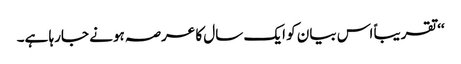
‘‘ تقریباً اس بیان کو ایک سال کا عرصہ ہونے جارہا ہے۔